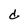
Character: d